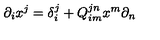
\partial _ { i } x ^ { j } = \delta _ { i } ^ { j } + Q _ { i m } ^ { j n } x ^ { m } \partial _ { n }